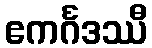
ဧကင်္ဂဒဿီ